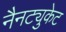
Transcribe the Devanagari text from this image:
नैनट्युकेट